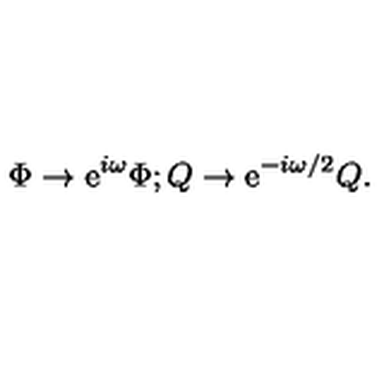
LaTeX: \Phi \rightarrow \mathrm { e } ^ { i \omega } \Phi ; Q \rightarrow \mathrm { e } ^ { - i \omega / 2 } Q .